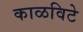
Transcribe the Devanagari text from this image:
काळविटे